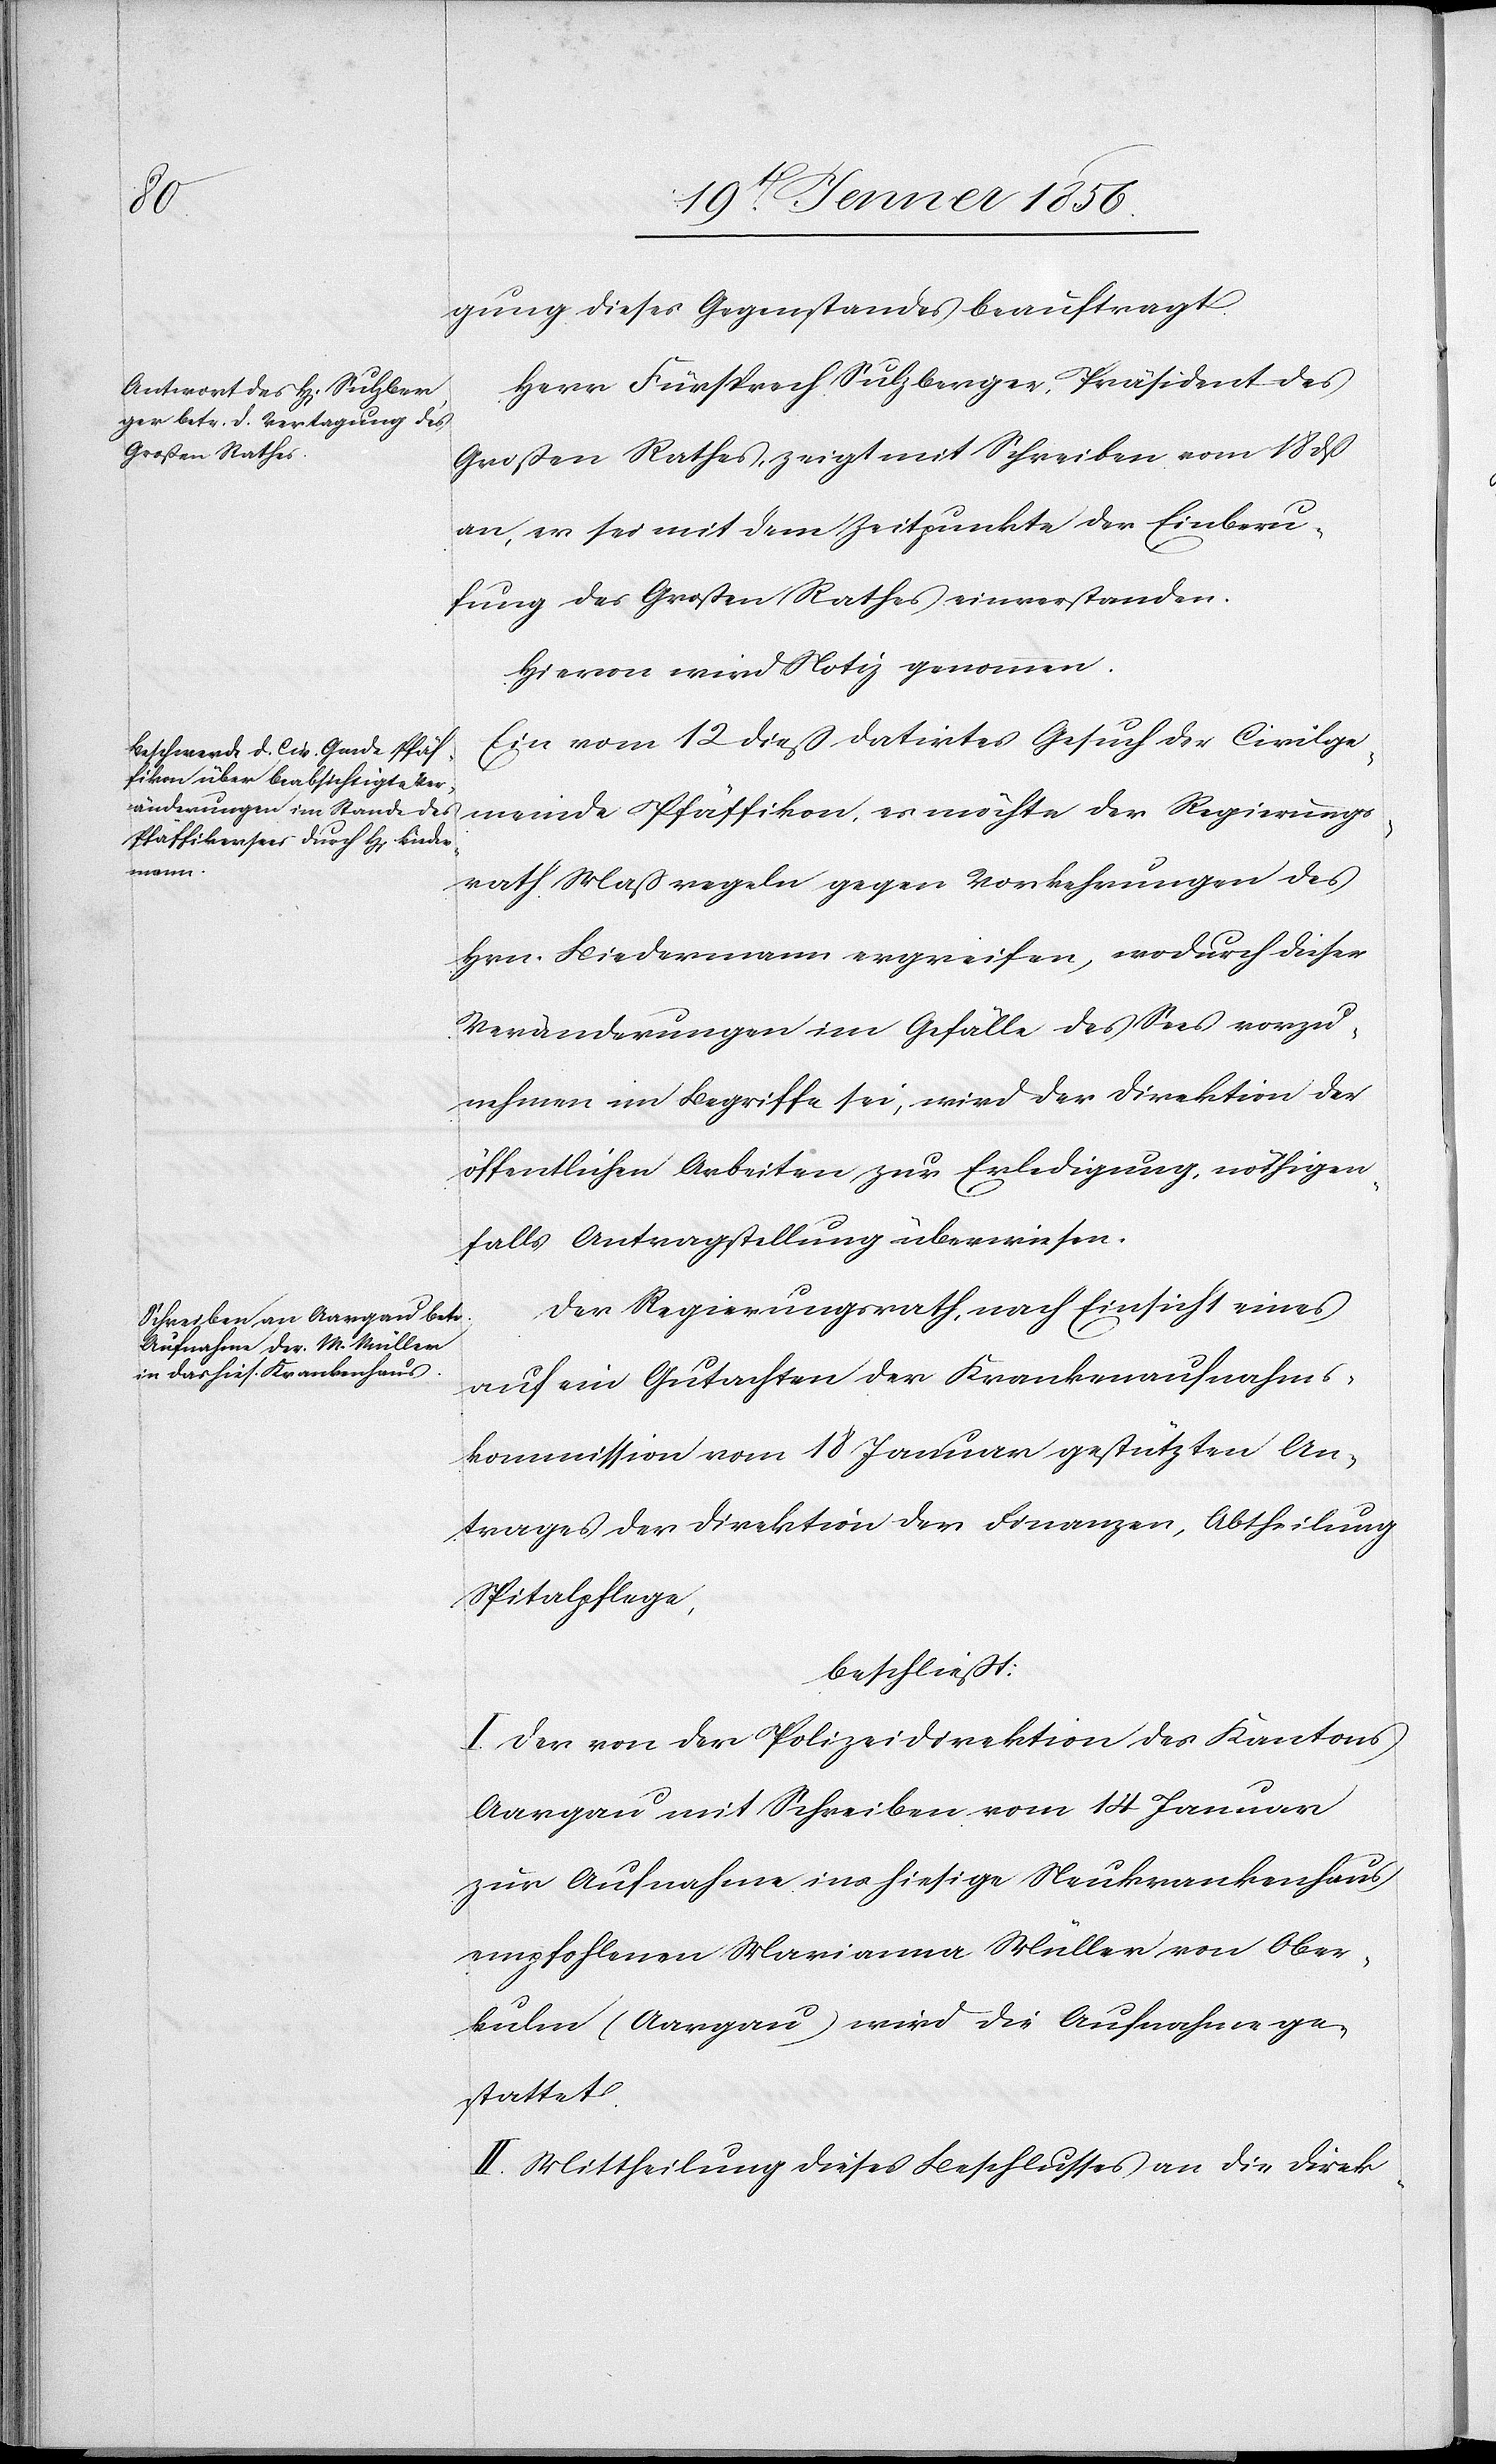
gung dieses Gegenstandes beauftragt.
Herr Fürsprech Sulzberger, Präsident des
Großen Rathes, zeigt mit Schreiben vom 18 dß
an, er sei mit dem Zeitpunkte der Einberu¬
fung des Großen Rathes einverstanden.
Hievon wird Notiz genommen.
Ein vom 12 dieß datirtes Gesuch der Civilge¬
meinde
Hrn. Biedermann ergreifen, wodurch dieser
Veränderungen im Gefälle des Sees vorzu¬
nehmen im Begriffe sei, wird der Direktion der
öffentlichen Arbeiten zur Erledigung, nöthigen¬
falls Antragstellung überwiesen.
Der Regierungsrath, nach Einsicht eines
auf ein Gutachten der Krankenaufnahms¬
kommission vom 18 Januar gestützten An¬
trages der Direktion der Finanzen, Abtheilung
Spitalpflege,
beschliesst:
I. Der von der Polizeidirektion des Kantons
Aargau mit Schreiben vom 14 Januar
zur Aufnahme ins hiesige Neukrankenhaus
empfohlenen Marianna Müller von Ober¬
kulm (Aargau) wird die Aufnahme ge¬
stattet.
II. Mittheilung dieses Beschlusses an die Direk-